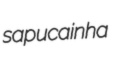
sapucainha